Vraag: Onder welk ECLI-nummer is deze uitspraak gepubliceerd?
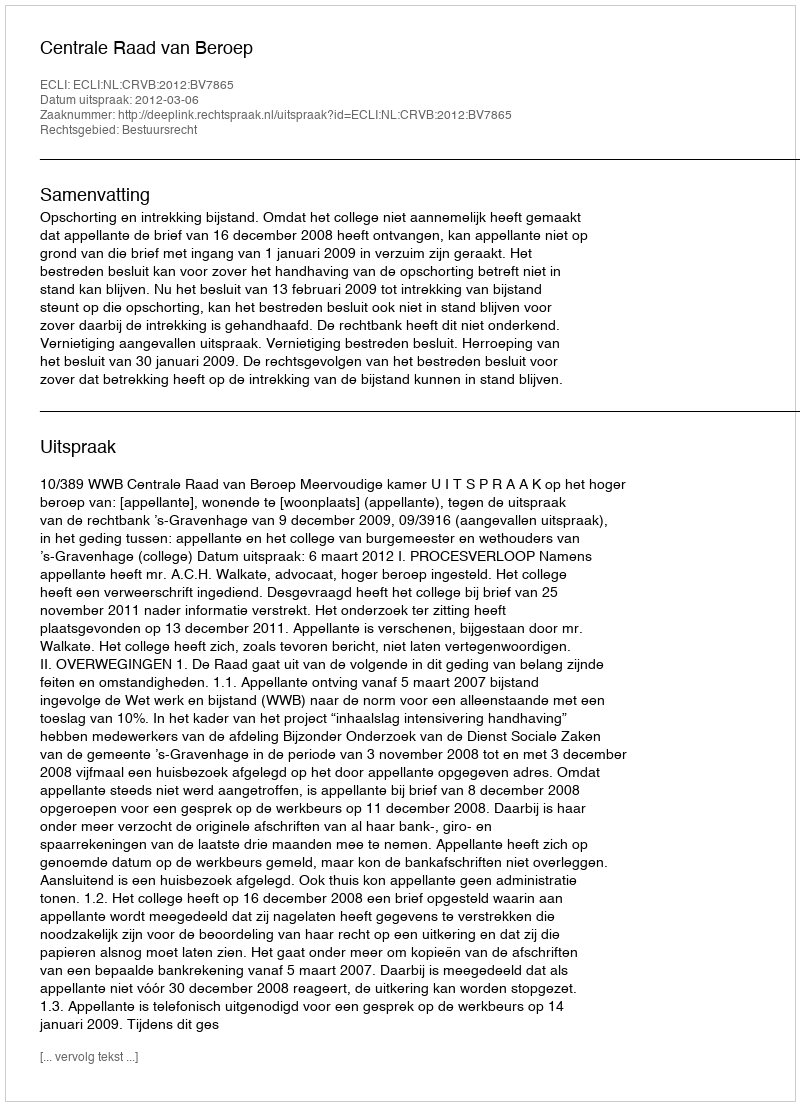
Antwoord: ECLI:NL:CRVB:2012:BV7865